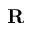
{ \bf R }